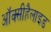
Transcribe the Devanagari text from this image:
ऑक्सीहैलाइड